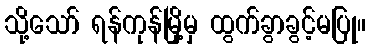
သို့သော် ရန်ကုန်မြို့မှ ထွက်ခွာခွင့်မပြု။